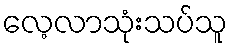
လေ့လာသုံးသပ်သူ